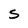
Character: S